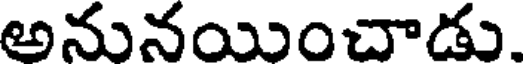
అనునయించాడు.